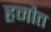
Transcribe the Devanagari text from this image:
हमौत